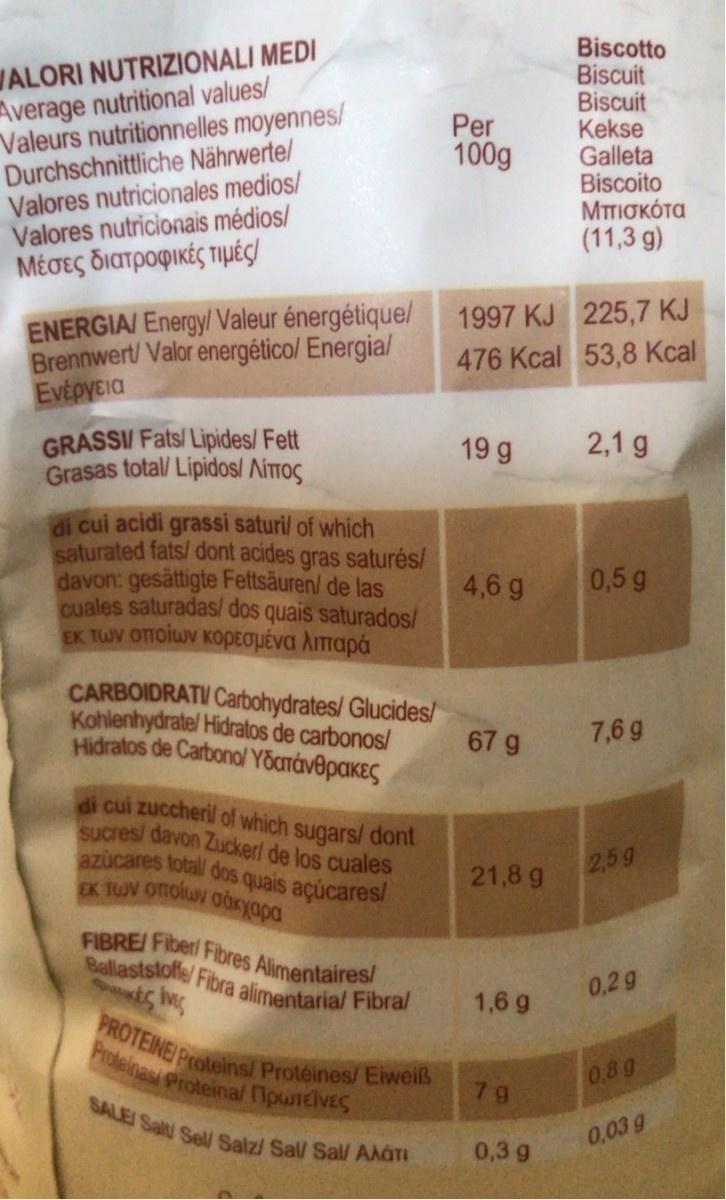
WALORI NUTRIZIONALI MEDI Average nutritional values/ Valeurs nutritionnelles moyennes/ Durchschnittliche Nährwerte/ Valores nutricionales medios/ Valores nutricionais médios/ Μέσες διατροφικές τιμές
Biscotto Biscuit Biscuit Kekse Galleta Biscoito Μπισκότα (11,3 g)
Per 100g
ENERGIA/ Energy/ Valeur énergétique/ 1997 KJ 225,7 KJ Brennwert/ Valor energético/ Energia/ Ενέργεια
476 Kcal 53,8 Kcal
GRASSI/ Fats/ Lipides/ Fett Grasas total/ Lipidos/ Aíttos
19 g
2,1 g
di cui acidi grassi saturi/ of which saturated fats/ dont acides gras saturés/ davon: gesättigte Fettsäuren/ de las cuales saturadas/ dos quais saturados/ Εκτων οποίων κορεσμένα λιπαρά
4,6 g
0,5 g
CARBOIDRATI Carbohydrates/ Glucides/ Kohlenhydrate/ Hidratos de carbonos/ Hidratos de Carbonol Yöaráv@pakeS
67 g
7,6 g
di cui zuccheril of which sugars/ dont sucres/ davon Zuckerl de los cuales azucares totall dos quais açúcares/ EK TUV OToluy Goryapa
2,59
21,8 g
FIBRE Fiberl Fibres Alimentaires/ Ballaststolfe/ Fibra alimentarial Fibral
0,2 g
1,6 g
PROTEINE/ Proteins/ Protéines/ Eiweiß Proteinasi Proteinal ipwrEiVES
0,8g
7 g SALE/ Salt Sell Salz/ Sal/ Sal/ AAáTI
0,03 g
0,3 g